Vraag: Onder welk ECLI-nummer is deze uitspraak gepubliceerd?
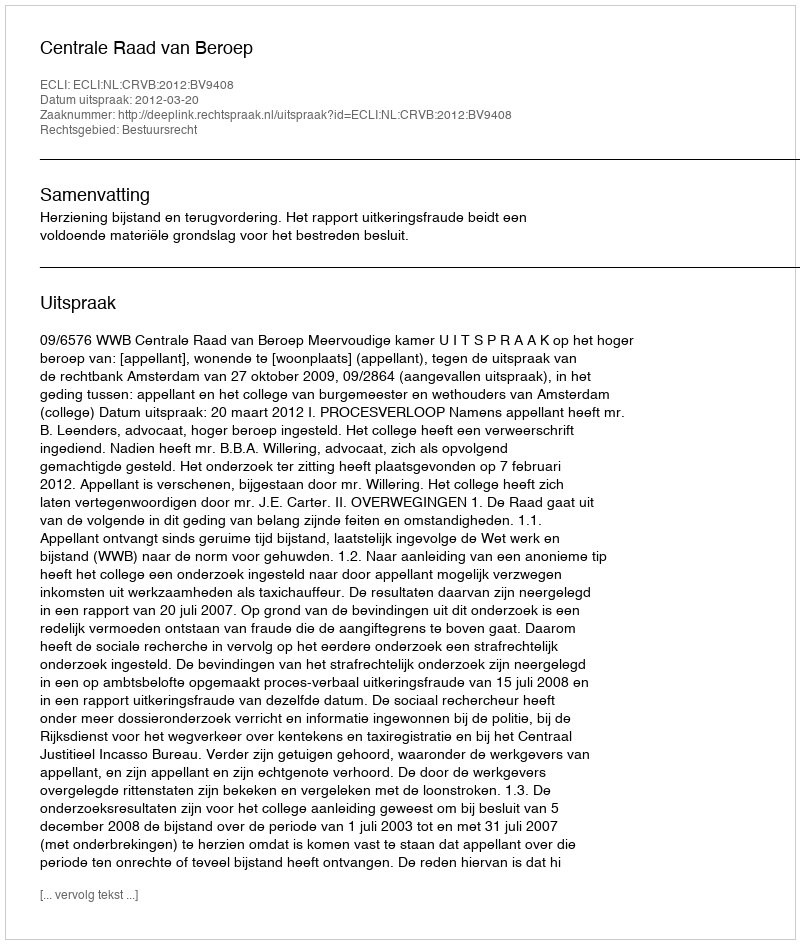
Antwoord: ECLI:NL:CRVB:2012:BV9408